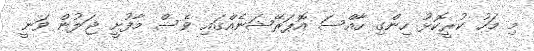
މި މަހު ކުރީކޮޅު ހިންގި ހާއްސަ އޮޕަރޭޝަނެއްގައި ވެސް މާފުށީ ޖަލުން ވަނީ